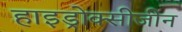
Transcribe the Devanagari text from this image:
हाइड्रोक्सीजीन